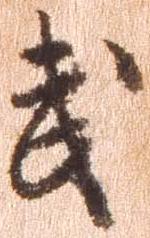
武